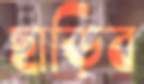
ছাড়িব